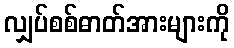
လျှပ်စစ်ဓာတ်အားများကို